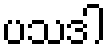
ပသဒါ